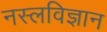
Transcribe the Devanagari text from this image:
नस्लविज्ञान